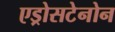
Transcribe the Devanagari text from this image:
एड्रोसटेनोन